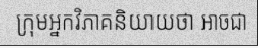
ក្រុមអ្នកវិភាគនិយាយថា អាចជា